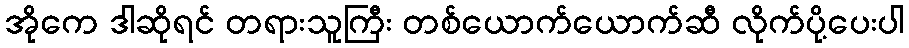
အိုကေ ဒါဆိုရင် တရားသူကြီး တစ်ယောက်ယောက်ဆီ လိုက်ပို့ပေးပါ